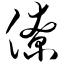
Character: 僚